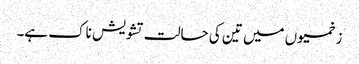
زخمیوں میں تین کی حالت تشویش ناک ہے۔